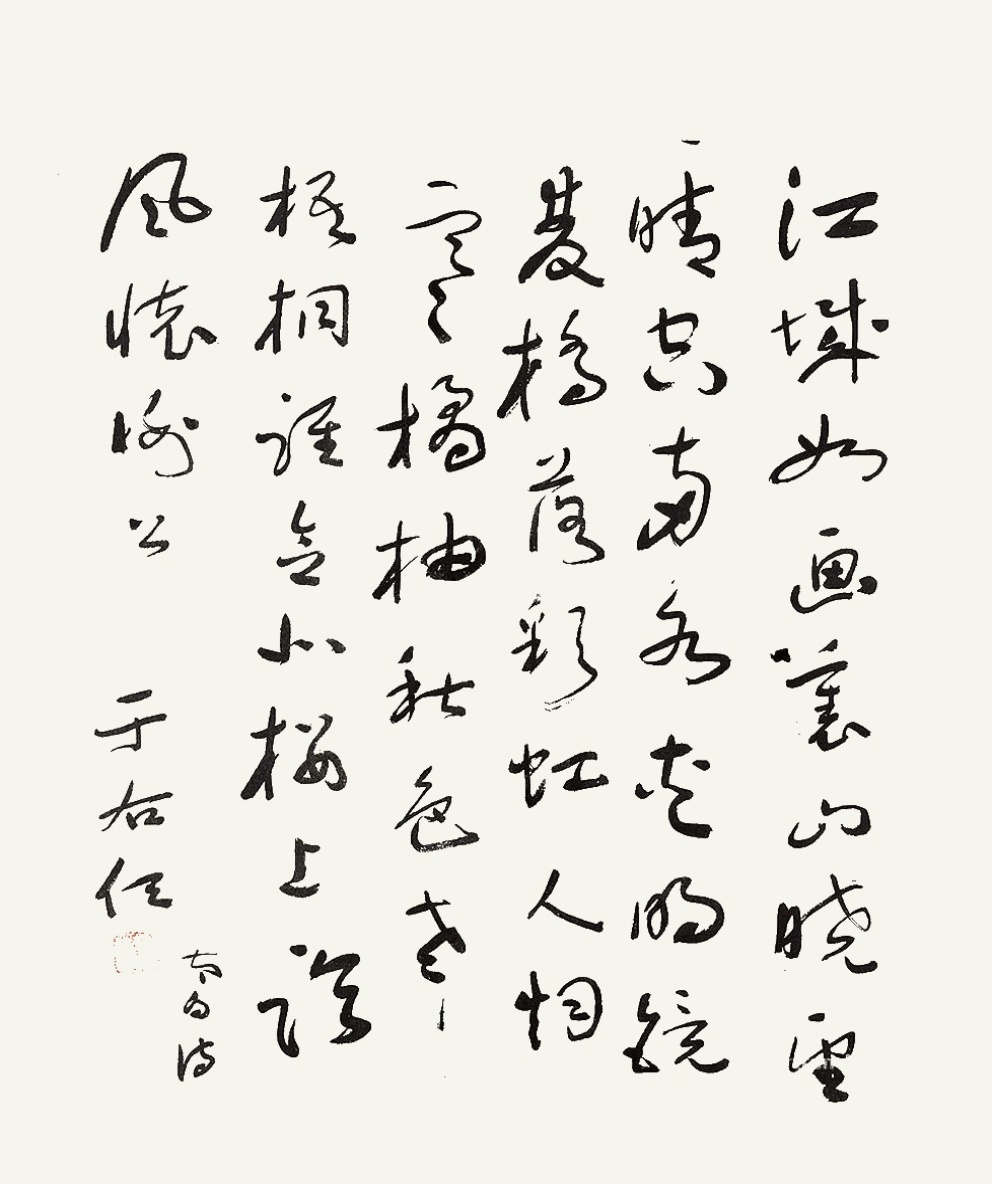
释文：江城如画里，山晓望晴空。两水夹明镜，双桥落彩虹。人烟寒橘柚，秋色老梧桐。谁念北楼上，临风怀谢公。太白诗。于右任。